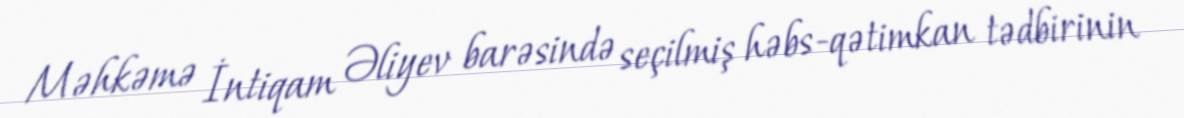
Məhkəmə İntiqam Əliyev barəsində seçilmiş həbs-qətimkan tədbirinin